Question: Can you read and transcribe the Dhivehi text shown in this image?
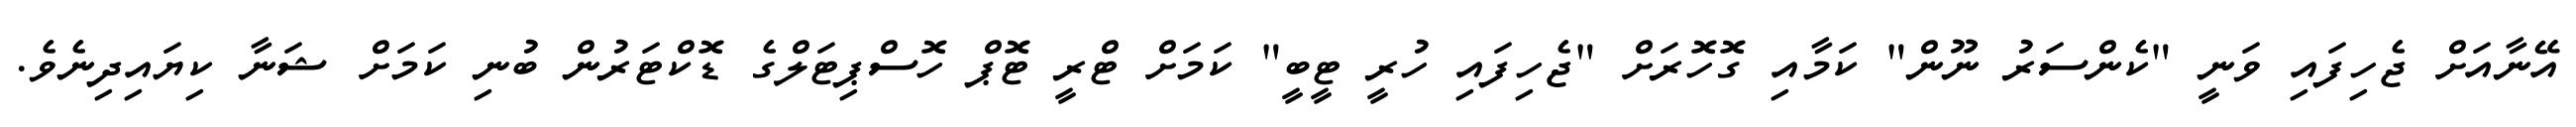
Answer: އޭނާއަށް ޖެހިފައި ވަނީ "ކެންސަރު ނޫން" ކަމާއި ގޮހޮރަށް "ޖެހިފައި ހުރީ ޓީބީ" ކަމަށް ޓްރީ ޓޮޕް ހޮސްޕިޓަލްގެ ޑޮކްޓަރުން ބުނި ކަމަށް ޝަނާ ކިޔައިދިނެވެ.